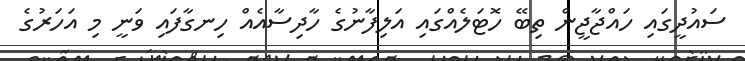
ސައުދީގައި ހައްޖާޖީން ތިބޭ ހޮޓަލެއްގައި އަލިފާނުގެ ހާދިސާއެއް ހިނގާފައި ވަނީ މި އަހަރުގެ